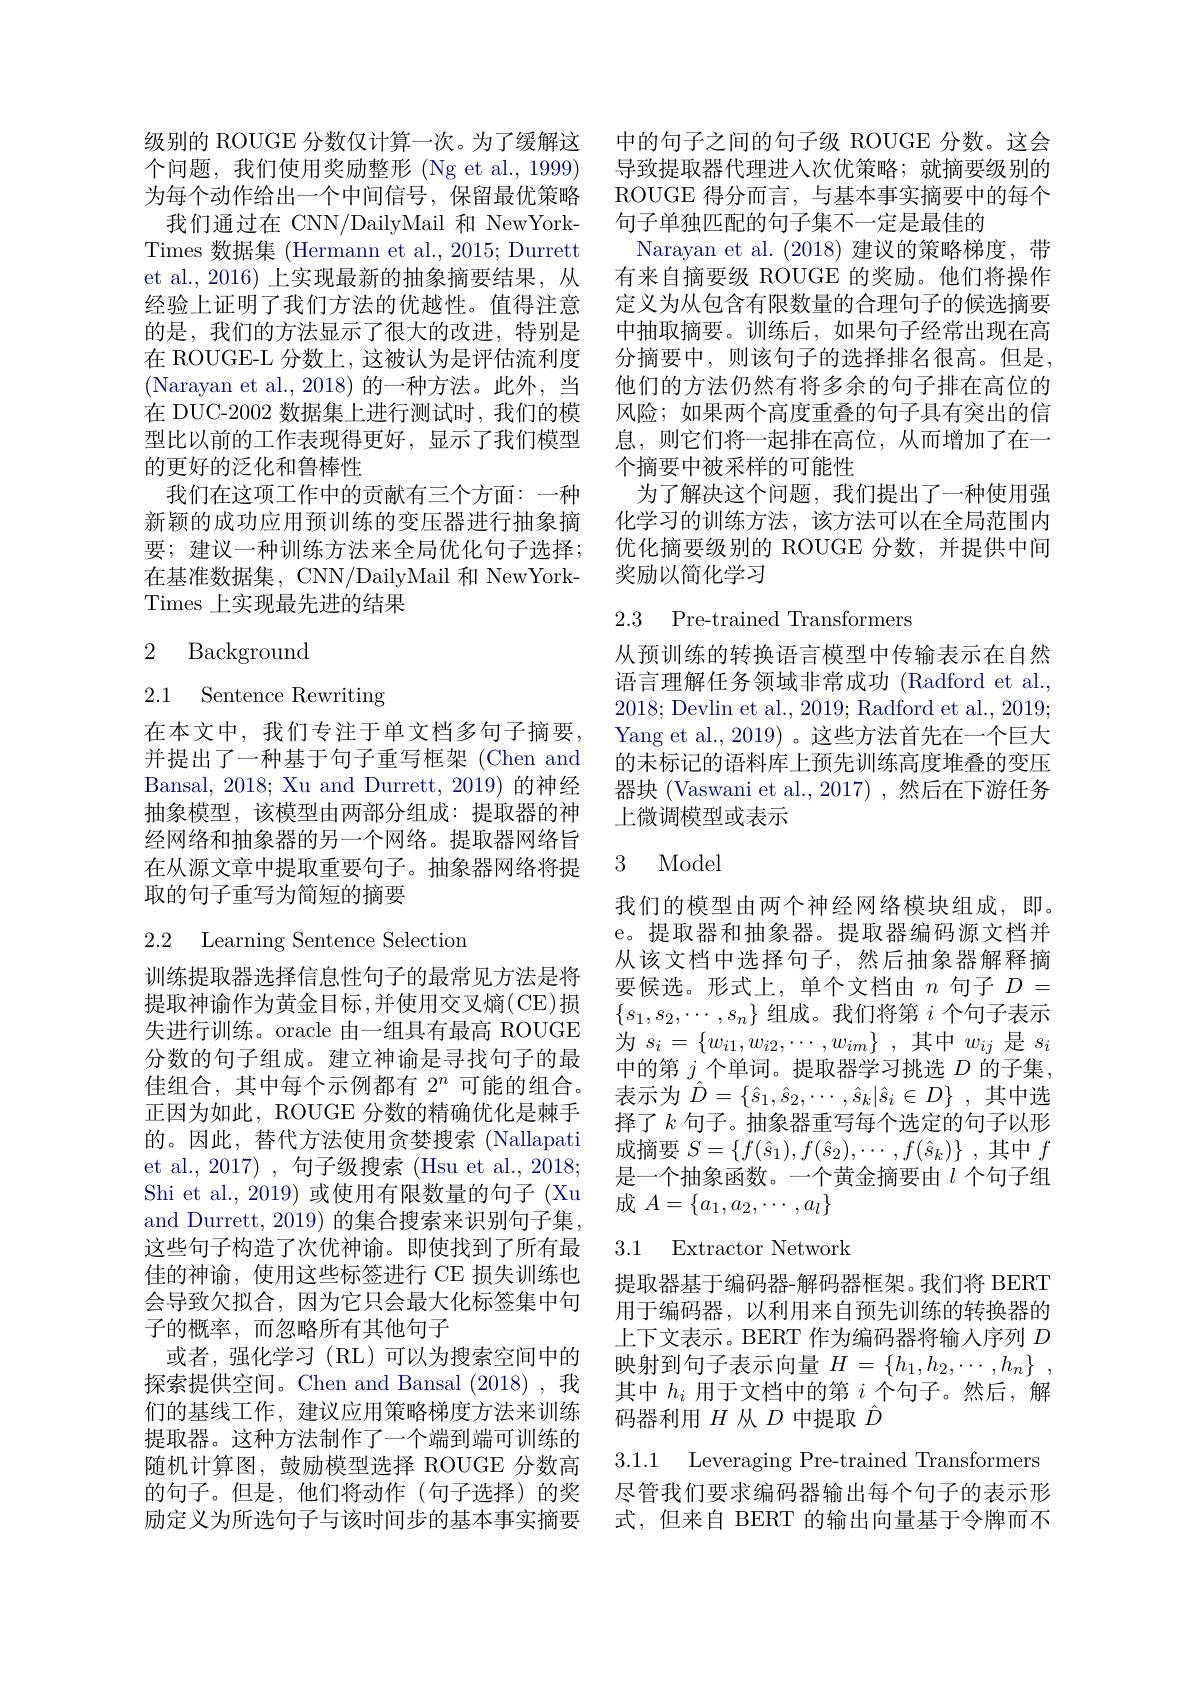
级别的 ROUGE 分数仅计算一次。为了缓解这个问题，我们使用奖励整形(Ng et al.,1999) 为每个动作给出一个中间信号，保留最优策略我们通过在 CNN/DailyMail 和 NewYork-
Times 数据集 (Hermann et al., 2015; Durrett et al.,2016) 上实现最新的抽象摘要结果，从经验上证明了我们方法的优越性。值得注意的是，我们的方法显示了很大的改进，特别是在 ROUGE-L 分数上，这被认为是评估流利度(Narayan et al.,2018)的一种方法。此外，当在 DUC-2002 数据集上进行测试时，我们的模型比以前的工作表现得更好，显示了我们模型的更好的泛化和鲁棒性
我们在这项工作中的贡献有三个方面：一种新颖的成功应用预训练的变压器进行抽象摘要；建议一种训练方法来全局优化句子选择； 在基准数据集，CNN/DailyMail 和 NewYorkTimes 上实现最先进的结果

2 Background

# 2.1 Sentence Rewriting

在本文中，我们专注于单文档多句子摘要， 并提出了一种基于句子重写框架(Chen and Bansal, 2018; Xu and Durrett, 2019) 的神经抽象模型，该模型由两部分组成：提取器的神经网络和抽象器的另一个网络。提取器网络旨在从源文章中提取重要句子。抽象器网络将提取的句子重写为简短的摘要

2.2 Learning Sentence Selection

训练提取器选择信息性句子的最常见方法是将提取神谕作为黄金目标，并使用交叉熵(CE)损失进行训练。oracle 由一组具有最高 ROUGE 分数的句子组成。建立神谕是寻找句子的最佳组合，其中每个示例都有$2^n$可能的组合。正因为如此，ROUGE 分数的精确优化是棘手的。因此，替代方法使用贪婪搜索 (Nallapati et al., 2017) , 句子级搜索 (Hsu et al., 2018; Shi et al., 2019) 或使用有限数量的句子 (Xu and Durrett, 2019) 的集合搜索来识别句子集。这些句子构造了次优神谕。即使找到了所有最佳的神谕，使用这些标签进行 CE 损失训练也会导致欠拟合，因为它只会最大化标签集中句子的概率，而忽略所有其他句子
或者，强化学习(RL)可以为搜索空间中的探索提供空间。Chen and Bansal (2018),我们的基线工作，建议应用策略梯度方法来训练提取器。这种方法制作了一个端到端可训练的随机计算图，鼓励模型选择 ROUGE 分数高的句子。但是，他们将动作(句子选择)的奖 尽管我们要求编码器输出每个句子的表示形
励定义为所选句子与该时间步的基本事实摘要

中的句子之间的句子级 ROUGE 分数。这会导致提取器代理进入次优策略；就摘要级别的ROUGE 得分而言，与基本事实摘要中的每个句子单独匹配的句子集不一定是最佳的
Narayan et al.(2018)建议的策略梯度，带有来自摘要级 ROUGE 的奖励。他们将操作定义为从包含有限数量的合理句子的候选摘要中抽取摘要。训练后，如果句子经常出现在高分摘要中，则该句子的选择排名很高。但是他们的方法仍然有将多余的句子排在高位的风险；如果两个高度重叠的句子具有突出的信息，则它们将一起排在高位，从而增加了在一个摘要中被采样的可能性
为了解决这个问题，我们提出了一种使用强化学习的训练方法，该方法可以在全局范围内优化摘要级别的 ROUGE 分数，并提供中间奖励以简化学习

### 2.3 Pre-trained Transformers

从预训练的转换语言模型中传输表示在自然语言理解任务领域非常成功 (Radford et al., 2018; Devlin et al., 2019; Radford et al., 2019; Yang et al., 2019)。这些方法首先在一个巨大的未标记的语料库上预先训练高度堆叠的变压器块 (Vaswani et al.,2017) ,然后在下游任务上微调模型或表示

### 3 Model

我们的模型由两个神经网络模块组成，即。e。提取器和抽象器。提取器编码源文档并从该文档中选择句子，然后抽象器解释摘要候选。形式上，单个文档由$n$句子$D=$ $\{s_1,s_2,\cdots,s_n\}$组成。我们将第$i$个句子表示为$s_i= \{ w_{i1}, w_{i2}, \cdots , w_{im}\}$ ,其中$w_ij$是$s_i$ 中的第$j$个单词。提取器学习挑选$D$的子集， 表示为$\hat{D} = \{ \hat{s} _{1}, \hat{s} _{2}, \cdots , \hat{s} _{k}| \hat{s} _{i}\in D\}$ ,其中选择了$k$ 句子。抽象器重写每个选定的句子以形成摘要$S= \{ f( \hat{s} _{1}) , f( \hat{s} _{2}) , \cdots , f( \hat{s} _{k}) \}$ ,其中$f$ 是一个抽象函数。一个黄金摘要由$\iota$个句子组成$A=\{a_1,a_2,\cdots,a_l\}$

## 3.1 Extractor Network

提取器基于编码器-解码器框架。我们将 BERT 用于编码器，以利用来自预先训练的转换器的上下文表示。BERT 作为编码器将输人序列$D$ 映射到句子表示向量$H= \{ h_1, h_2, \cdots , h_n\}$ , 其中$h_i$用于文档中的第$i$个句子。然后，解码器利用$H$从$D$中提取$\hat{D}$

3.1.1 Leveraging Pre-trained Transformers

式，但来自 BERT 的输出向量基于令牌而不